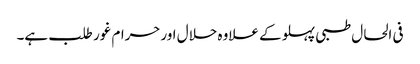
فی الحال طبی پہلو کے علاوہ حلال اورحرام غور طلب ہے۔